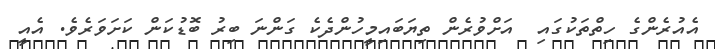
އެއުރެންގެ ހިތްތަކުގައި  އަށްވުރެން ތިޔަބައިމީހުންދެކެ ގަންނަ ބިރު ބޮޑުކަން ކަށަވަރެވެ. އެއީ